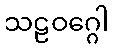
သဠဝဂ္ဂေါ